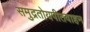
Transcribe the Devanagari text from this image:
समुद्रतोयपीतवाहन